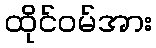
ထိုင်ဝမ်အား